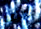
بضاعة